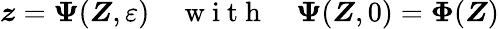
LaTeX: {\boldsymbol{\mathit{z}}}=\boldsymbol{\Psi}(\boldsymbol{Z},\varepsilon)\quad\mathrm{{~w~i~t~h~}}\quad\boldsymbol{\Psi}(\boldsymbol{Z},0)=\boldsymbol{\Phi}(\boldsymbol{Z})